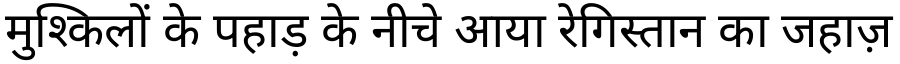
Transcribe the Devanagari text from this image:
मुश्किलों के पहाड़ के नीचे आया रेगिस्तान का जहाज़